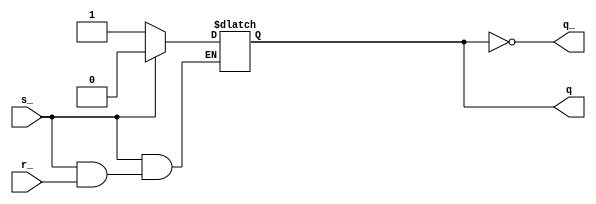
module sr2(
    input wire s_,
    input wire r_,
    output reg q,
    output q_
);

assign q_ = ~q;

always @*
    if (!s_)
        q = 1;
    else if (!r_)
        q = 0;

endmodule